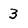
Character: 3